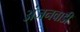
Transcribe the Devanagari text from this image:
अंजनवाडी